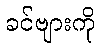
ခင်ဗျားကို